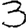
Digit: 3